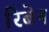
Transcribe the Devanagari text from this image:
रिबेन